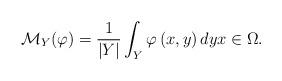
LaTeX: \begin{align*}\mathcal{M}_{Y}({\varphi})= \frac{1}{\left\vert Y\right\vert }\int_{Y}{\varphi}\left( x,y\right) dy x \in\Omega.\end{align*}